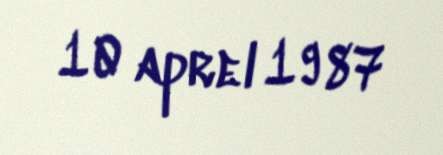
10 aprel 1987